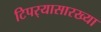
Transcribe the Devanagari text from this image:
टिपर्‍यासारख्या